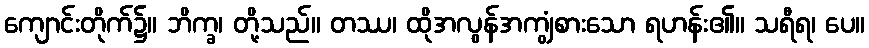
ကျောင်းတိုက်၌။ ဘိက္ခ၊ တို့သည်။ တဿ၊ ထိုအလွန်အကျွံစားသော ရဟန်း၏။ သရီရ၊ ပေ။